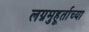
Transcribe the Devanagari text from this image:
लग्नमुहूर्ताच्या